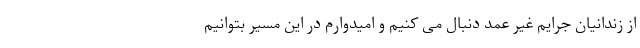
از زندانیان جرایم غیر عمد دنبال می کنیم و امیدوارم در این مسیر بتوانیم